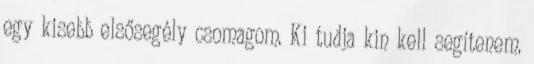
egy kisebb elsősegély csomagom. Ki tudja kin kell segítenem.